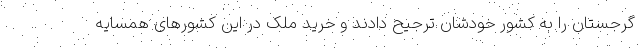
گرجستان را به کشور خودشان ترجیح دادند و خرید ملک در این کشورهای همسایه